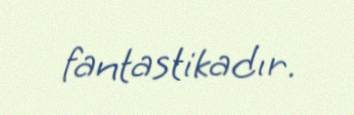
fantastikadır.